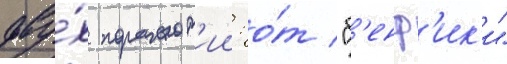
дву́х поражен'ии: о́т "б'енф'ик'и"